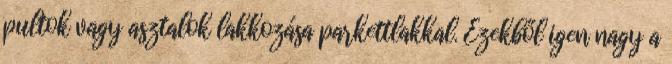
pultok vagy asztalok lakkozása parkettlakkal. Ezekből igen nagy a